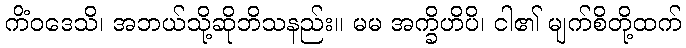
ကိံဝဒေသိ၊ အဘယ်သို့ဆိုဘိသနည်း။ မမ အက္ခိဟိပိ၊ ငါ၏ မျက်စိတို့ထက်